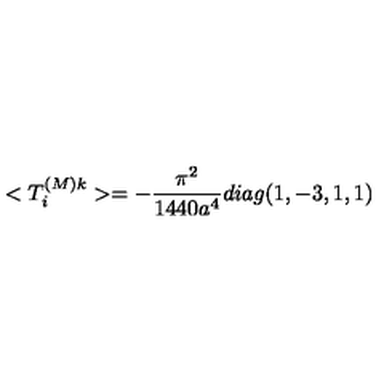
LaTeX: < T _ { i } ^ { ( M ) k } > = - \frac { \pi ^ { 2 } } { 1 4 4 0 a ^ { 4 } } d i a g ( 1 , - 3 , 1 , 1 )